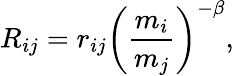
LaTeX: R_{ij}=r_{ij}{\left(\frac{m_{i}}{m_{j}}\right)}^{-\beta},